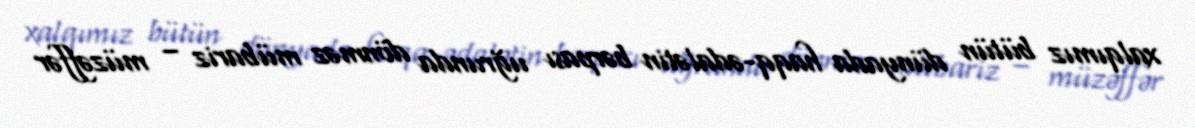
xalqımız bütün dünyada haqq-ədalətin bərpası uğrunda dönməz mübariz – müzəffər